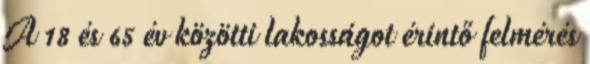
A 18 és 65 év közötti lakosságot érintő felmérés